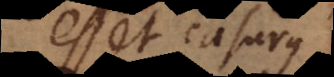
esset casurus